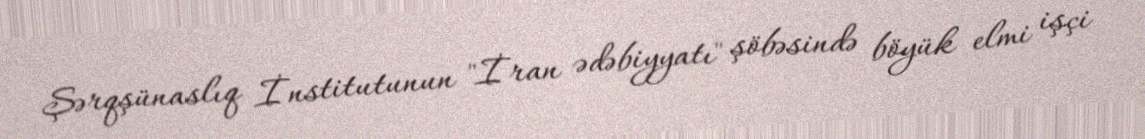
Şərqşünaslıq İnstitutunun "İran ədəbiyyatı" şöbəsində böyük elmi işçi